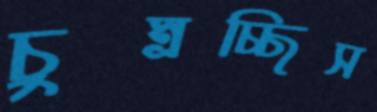
চুম্‌রচ্ছিস